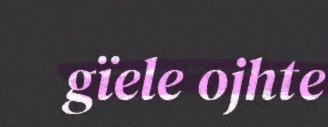
gïele ojhte